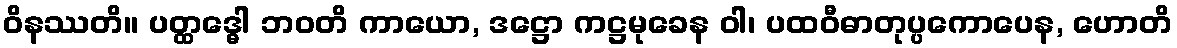
ဝိနဿတိ။ ပတ္ထဒ္ဓေါ ဘဝတိ ကာယော, ဒဋ္ဌော ကဋ္ဌမုခေန ဝါ၊ ပထဝီဓာတုပ္ပကောပေန, ဟောတိ